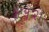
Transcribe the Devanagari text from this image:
४१२।